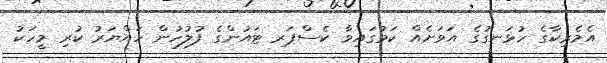
އެމެރިކާގެ ހުޅަނގުގެ އަވަށެއް ކަމުގައިވާ ކެސްޕަރ ޓައުންގެ ފުލުހުން ހައްޔަރު ކުރި މީހަކު